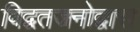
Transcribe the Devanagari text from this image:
विद्वतजनोद्वारा